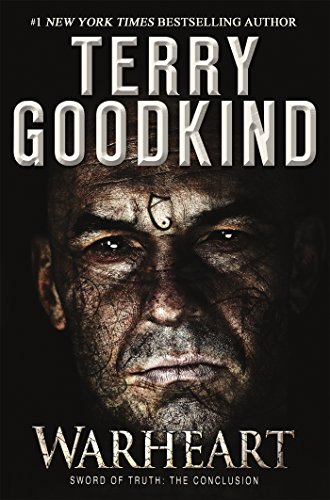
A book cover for Warheart (Richard and Kahlan); Terry Goodkind; Science Fiction & Fantasy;